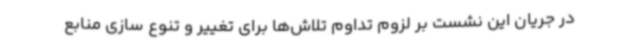
در جریان این نشست بر لزوم تداوم تلاش‌ها برای تغییر و تنوع سازی منابع